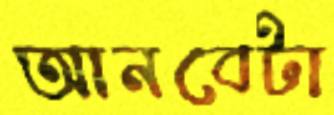
আনবেটা